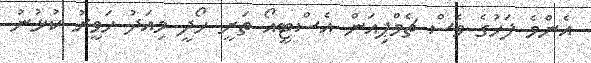
އެންމެ ފަހުގެ ވެސް ޗެމްޕިއަން އެސްޓީއޯ ތަށީ ހޯދީ މިއަދު ހަވީރު ކުޅުނު